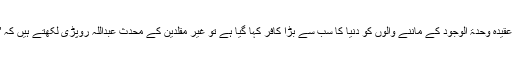
(فتاوی ثنائیہ،1/334) یہاں عقیدہ وحدۃ الوجود کے ماننے والوں کو دنیا کا سب سے بڑا کافر کہا گیا ہے تو غیر مقلدین کے محدث عبداللہ روپڑی لکھتے ہیں کہ ''توحید الٰہی وحدۃ الوجود ہے۔